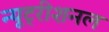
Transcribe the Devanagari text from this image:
न्यूट्रीशनल